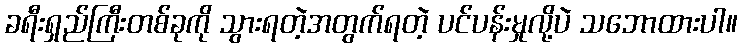
ခရီးရှည်ကြီးတစ်ခုကို သွားရတဲ့အတွက်ရတဲ့ ပင်ပန်းမှုလို့ပဲ သဘောထားပါ။